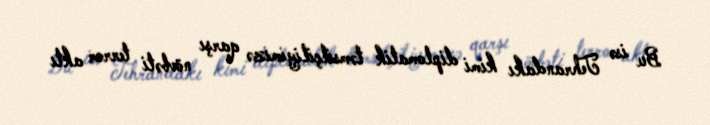
Bu isə Tehrandakı kimi diplomatik təmsilçiliyimizə qarşı növbəti terror aktı